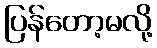
ပြန်တော့မလို့